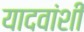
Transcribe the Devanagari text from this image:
यादवांशी